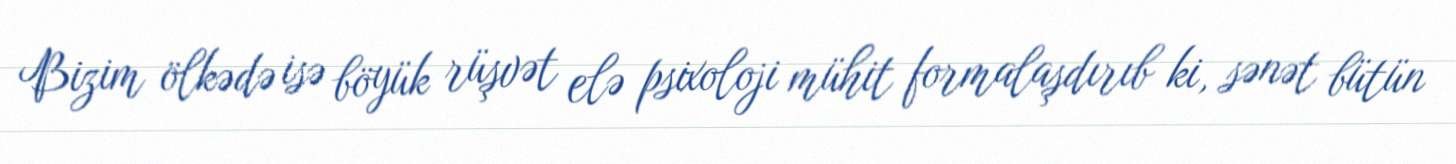
Bizim ölkədə isə böyük rüşvət elə psixoloji mühit formalaşdırıb ki, sənət bütün